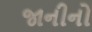
જાનીનો